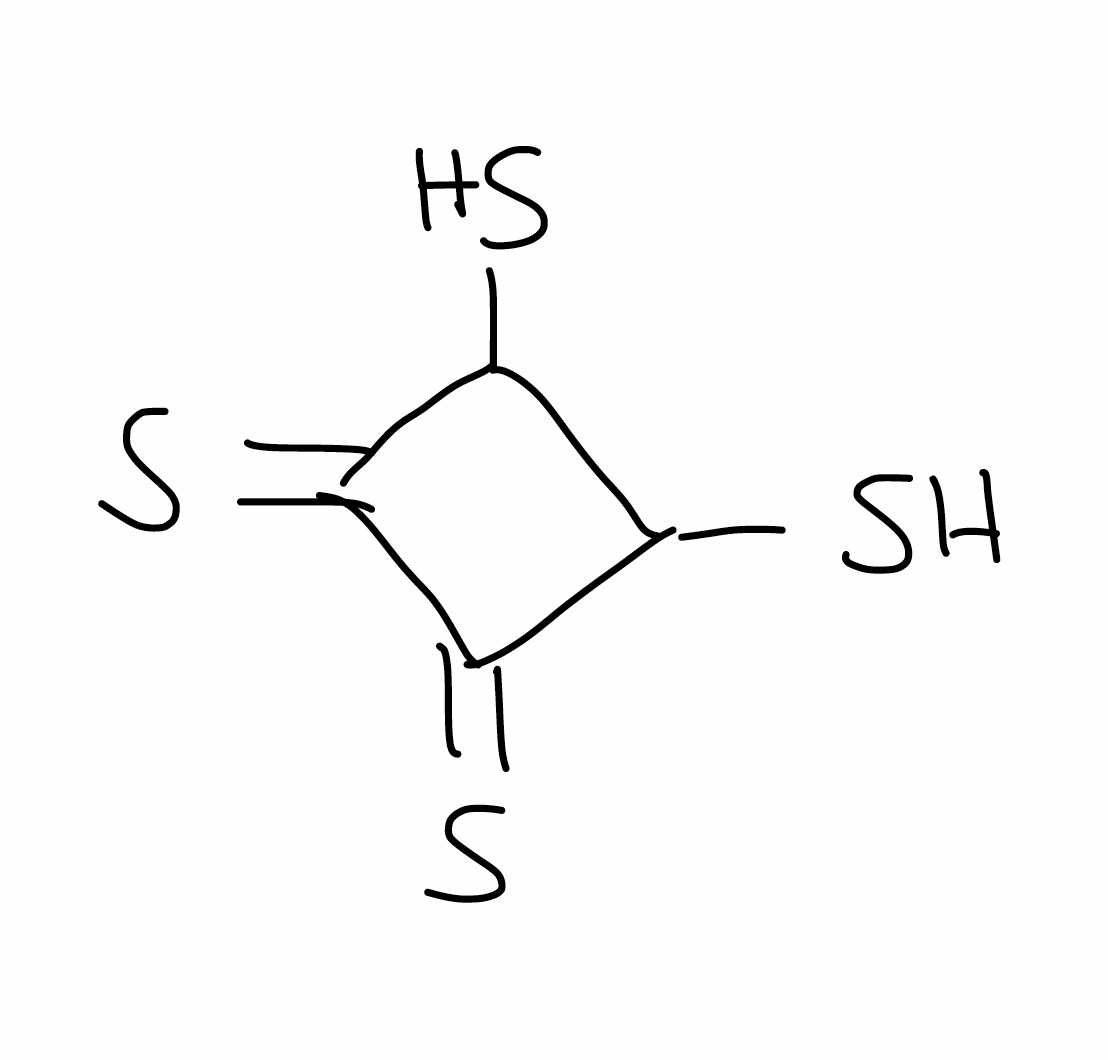
Simplified molecular-input line-entry system (SMILES) notation of the given molecule:
C1(C(C(=S)C1=S)S)S